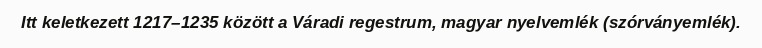
Itt keletkezett 1217–1235 között a Váradi regestrum, magyar nyelvemlék (szórványemlék).